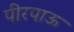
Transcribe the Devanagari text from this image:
पीरपाऊ